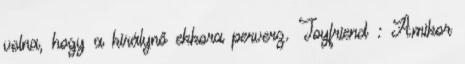
volna, hogy a királynő ekkora perverz. Toyfriend : Amikor